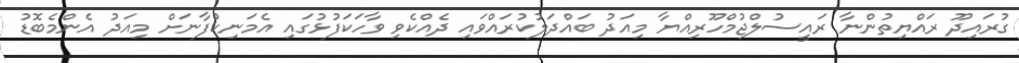
ގުރައިދޫ ރައްޔިތުންނާ ރައީސުލްޖުމްހޫރިއްޔާ މިއަދު ބައްދަލުކުރައްވައި ދެއްކެވި ވާހަކަފުޅުގައި އެމަނިކުފާނަށް މިއަދު އެންމެބޮޑު